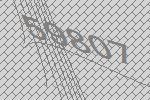
59807